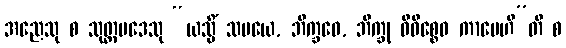
အညေသု စ သုတ္တပဒေသု “ယသ္မိံ သမယေ, ဘိက္ခဝေ, ဘိက္ခု ဝိဝိစ္စေဝ ကာမေဟီ”တိ စ